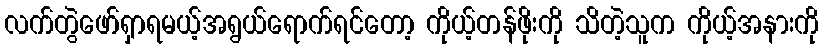
လက်တွဲဖော်ရှာရမယ့်အရွယ်ရောက်ရင်တော့ ကိုယ့်တန်ဖိုးကို သိတဲ့သူက ကိုယ့်အနားကို